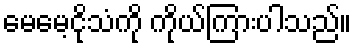
မေမေ့ငိုသံကို ကိုယ်ကြားပါသည်။